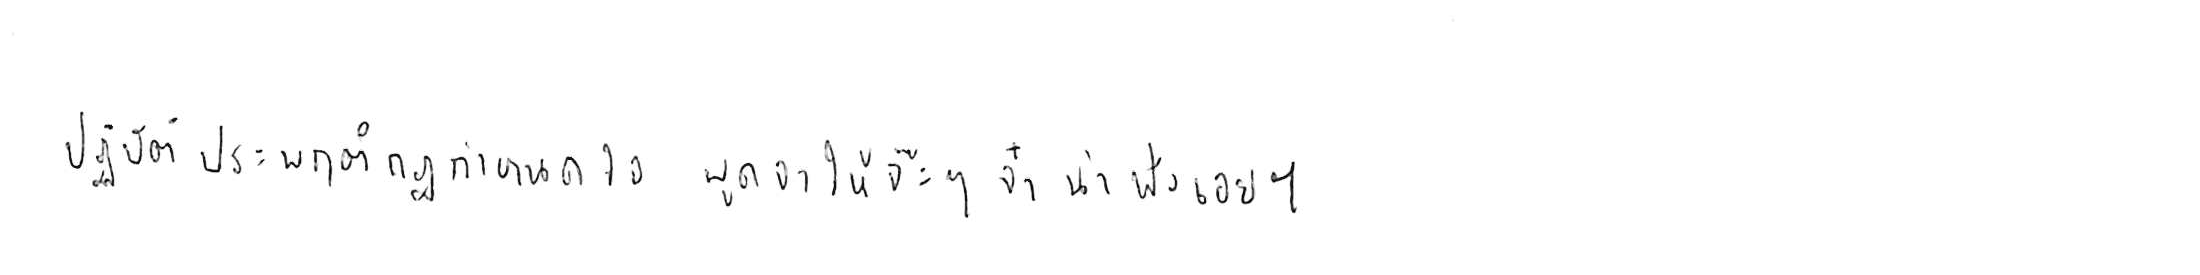
ปฏิบัติประพฤติกฎกำหนดใจ พูดจาให้จ๊ะๆ จ๋า น่าฟังเอยฯ